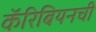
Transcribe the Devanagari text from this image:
कॅरिबियनची